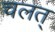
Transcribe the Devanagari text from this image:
चलत्